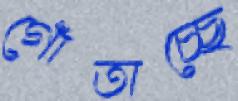
গোঁতাচ্ছে